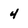
Character: 4